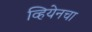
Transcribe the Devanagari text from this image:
व्हियेनचा